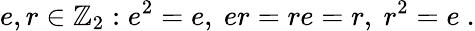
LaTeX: e,r\in\mathbb{Z}_{2}:e^{2}=e,~er=re=r,~r^{2}=e~.